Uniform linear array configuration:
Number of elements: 12
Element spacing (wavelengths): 0.75
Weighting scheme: uniform
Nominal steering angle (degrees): -60
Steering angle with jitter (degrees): -60.213
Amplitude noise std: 0.05
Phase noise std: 0.05

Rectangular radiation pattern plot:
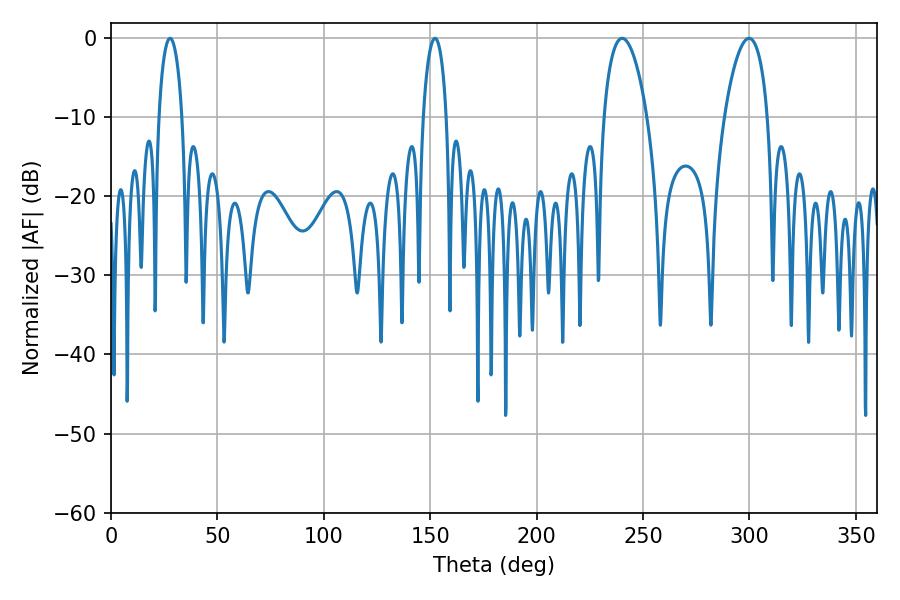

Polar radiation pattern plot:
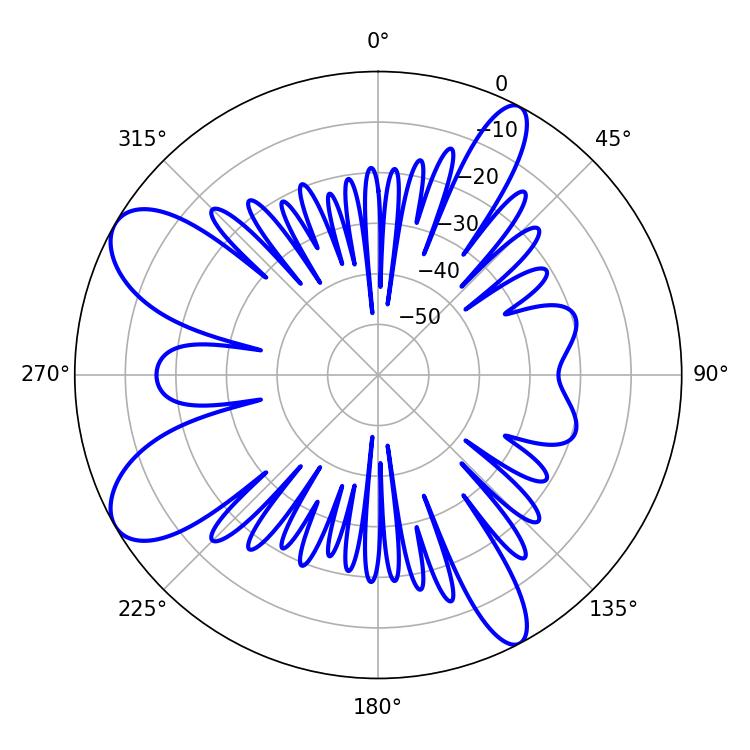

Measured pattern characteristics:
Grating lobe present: TRUE
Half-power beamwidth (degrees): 11.52
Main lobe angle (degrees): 240.12